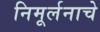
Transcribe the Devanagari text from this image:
निमूर्लनाचे